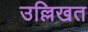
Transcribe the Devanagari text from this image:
उल्लिखत